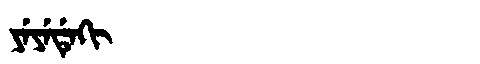
Manchu: ᠶᡝᠶᡝᡩᡝᡴᡳ
Romanization: YEYEDEKI